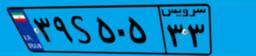
۰۱S۶۷۸۵۱